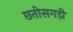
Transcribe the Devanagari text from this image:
छतीसगड़ी